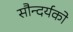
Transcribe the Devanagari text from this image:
सौन्दर्यको